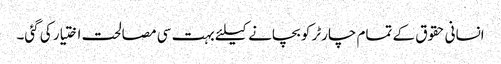
انسانی حقوق کے تمام چارٹر کو بچانے کیلئے بہت سی مصالحت اختیار کی گئی۔